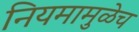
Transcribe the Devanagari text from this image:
नियमामुळेच